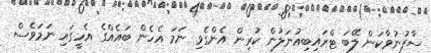
ސާފުނުވާކަން ލޭބަ ޓްރައިބިއުނަލުން ކުރިން އެންގެވި ނަމަ އެހެން ބައެއްގެ އެހީގައި ނަމަވެސް